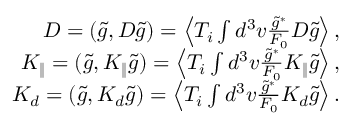
\begin{array} { r } { D = ( \tilde { g } , { \cal D } \tilde { g } ) = \left\langle T _ { i } \int d ^ { 3 } v \frac { \tilde { g } ^ { * } } { F _ { 0 } } { \cal D } \tilde { g } \right\rangle , } \\ { K _ { \| } = ( \tilde { g } , { \cal K } _ { \| } \tilde { g } ) = \left\langle T _ { i } \int d ^ { 3 } v \frac { \tilde { g } ^ { * } } { F _ { 0 } } { \cal K } _ { \| } \tilde { g } \right\rangle , } \\ { K _ { d } = ( \tilde { g } , { \cal K } _ { d } \tilde { g } ) = \left\langle T _ { i } \int d ^ { 3 } v \frac { \tilde { g } ^ { * } } { F _ { 0 } } { \cal K } _ { d } \tilde { g } \right\rangle . } \end{array}